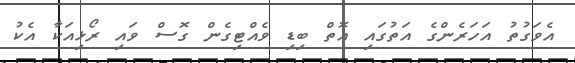
އެވަގުތު އަހަރެންގެ އަތުގައި އޮތް ބިޑި ވެއްޓިގެން ގޮސް ވައި ރޯޅިއަކާ އެކު